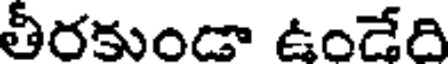
తీరకుండా ఉండేది